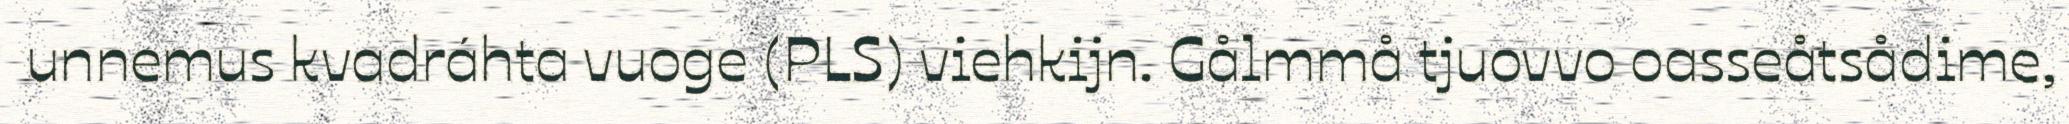
unnemus kvadráhta vuoge (PLS) viehkijn. Gålmmå tjuovvo oasseåtsådime,